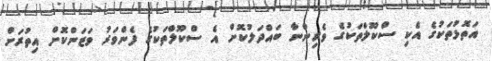
އަތޮޅުތަކުގެ އެކި ސްކޫލްތަކުގެ ވެރިންނާ ބައްދަލުކޮށް އެ ސްކޫލްތަކުގެ ފެންވަރު ވަޒަންކޮށް އިތުރަށް